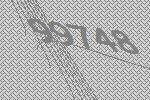
99748